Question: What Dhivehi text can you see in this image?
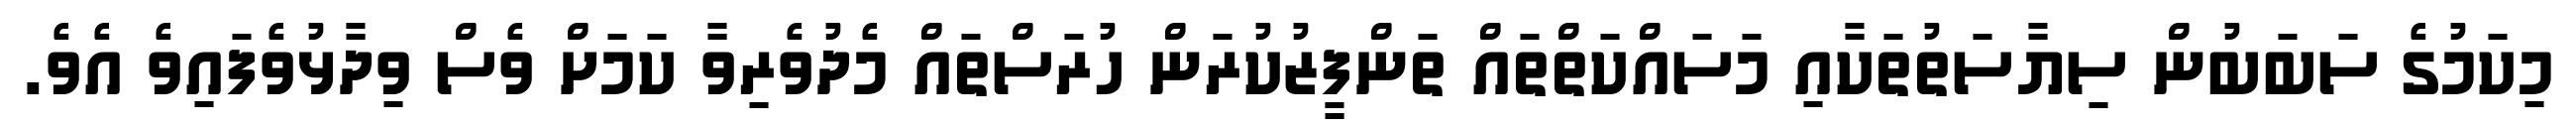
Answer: މިކަމުގެ ސަބަބުން ސިޔާސަތުތަކާއި މަސައްކަތްތައް ތަންފީޒުކުރަން ހުރަސްތައް މެދުވެރިވާ ކަމަށް ވެސް ވިދާޅުވެފައިވެ އެވެ.